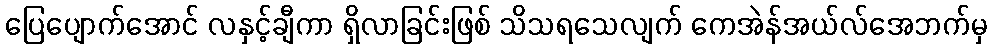
ပြေပျောက်အောင် လနှင့်ချီကာ ရှိလာခြင်းဖြစ် သိသရသေလျက် ကေအဲန်အယ်လ်အေဘက်မှ